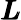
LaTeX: \pmb{L}